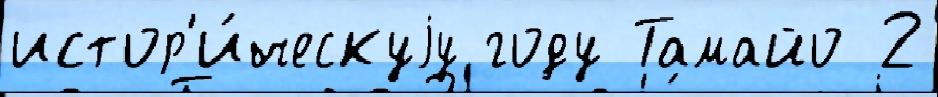
истор'и́ческуjу году Тамайо 2